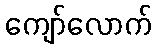
ကျော်လောက်